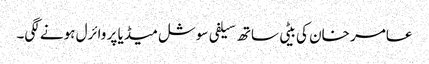
عامر خان کی بیٹی ساتھ سیلفی سوشل میڈیا پر وائرل ہونے لگی۔